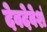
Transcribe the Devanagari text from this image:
देवदेवेशं